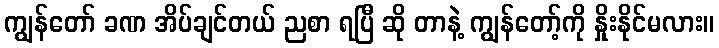
ကျွန်တော် ခဏ အိပ်ချင်တယ် ညစာ ရပြီ ဆို တာနဲ့ ကျွန်တော့်ကို နှိုးနိုင်မလား။